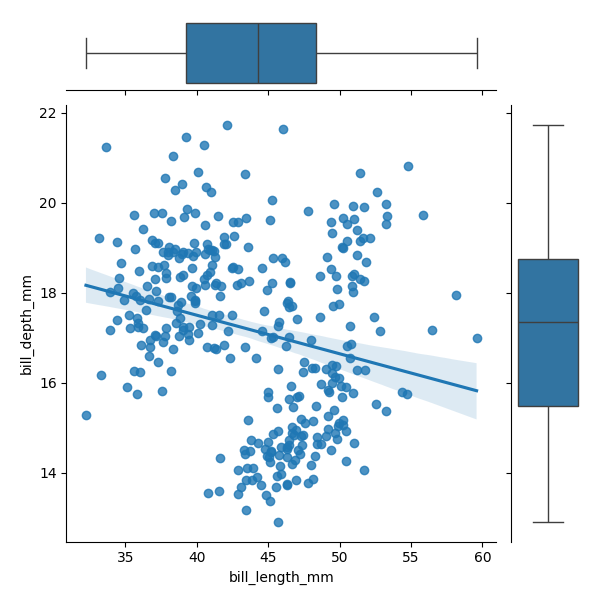
python, seaborn, JointGrid, regplot, boxplot